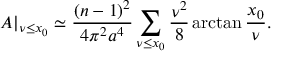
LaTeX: A | _ { \nu \leq x _ { 0 } } \simeq \frac { ( n - 1 ) ^ { 2 } } { 4 \pi ^ { 2 } a ^ { 4 } } \sum _ { \nu \leq x _ { 0 } } \frac { \nu ^ { 2 } } { 8 } \arctan \frac { x _ { 0 } } { \nu } .